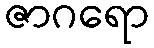
ဇာဂရော